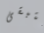
لتبقى